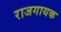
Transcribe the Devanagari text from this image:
राजगायक